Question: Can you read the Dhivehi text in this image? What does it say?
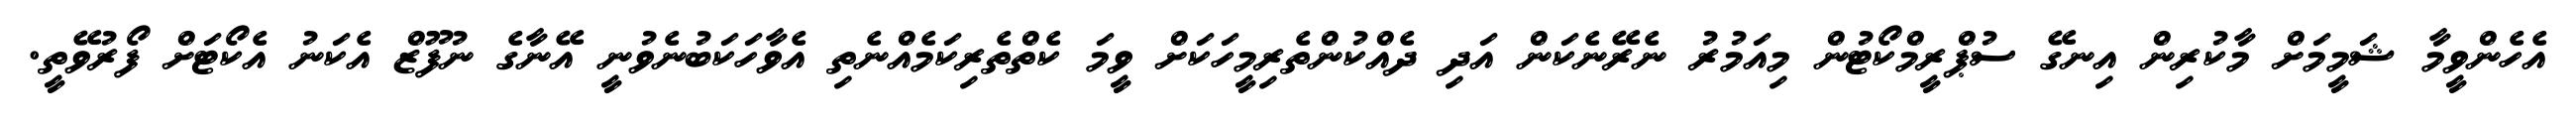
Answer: އެހެންވީމާ ޝަމީމަށް މާކުރިން އިނގޭ ސުޕްރީމްކޯޓުން މިއަމުރު ނެރޭނެކަން އަދި ދެއްކުންތެރިމީހަކަށް ވީމަ ކެތްތެރިކަމެއްނެތި އެވާހަކަބުނެވުނީ އޭނާގެ ނުފޫޒް އެކަނު އެކޯޓަށް ފޯރުވޭތީ.